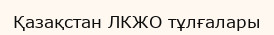
Қазақстан ЛКЖО тұлғалары